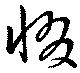
惙